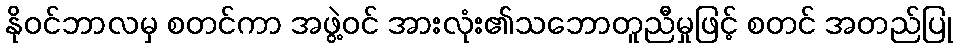
နိုဝင်ဘာလမှ စတင်ကာ အဖွဲ့ဝင် အားလုံး၏သဘောတူညီမှုဖြင့် စတင် အတည်ပြု